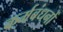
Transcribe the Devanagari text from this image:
कर्मबंधनों